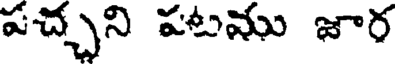
పచ్చని పటము జార